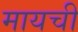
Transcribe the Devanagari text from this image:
मायची